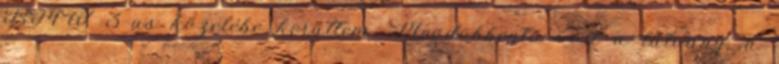
BMW 3-as közelébe kerültem. Megdöbbentő volt a látvány: a